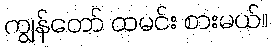
ကျွန်တော် ထမင်း စားမယ်။